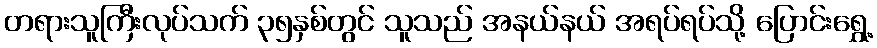
တရားသူကြီးလုပ်သက် ၃၅နှစ်တွင် သူသည် အနယ်နယ် အရပ်ရပ်သို့ ပြောင်းရွှေ့